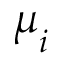
\boldsymbol { \mu } _ { i }